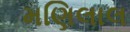
મણિલાલ